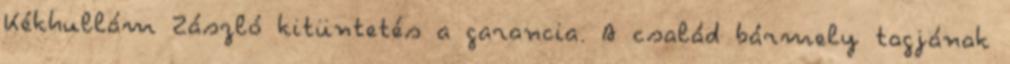
Kékhullám Zászló kitüntetés a garancia. A család bármely tagjának